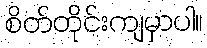
စိတ်တိုင်းကျမှာပါ။